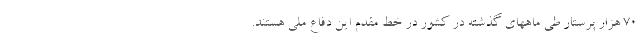
۷۰ هزار پرستار طی ماههای گذشته در کشور در خط مقدم این دفاع ملی هستند.